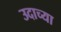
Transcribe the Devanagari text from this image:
उदाच्या